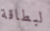
لبطاقة